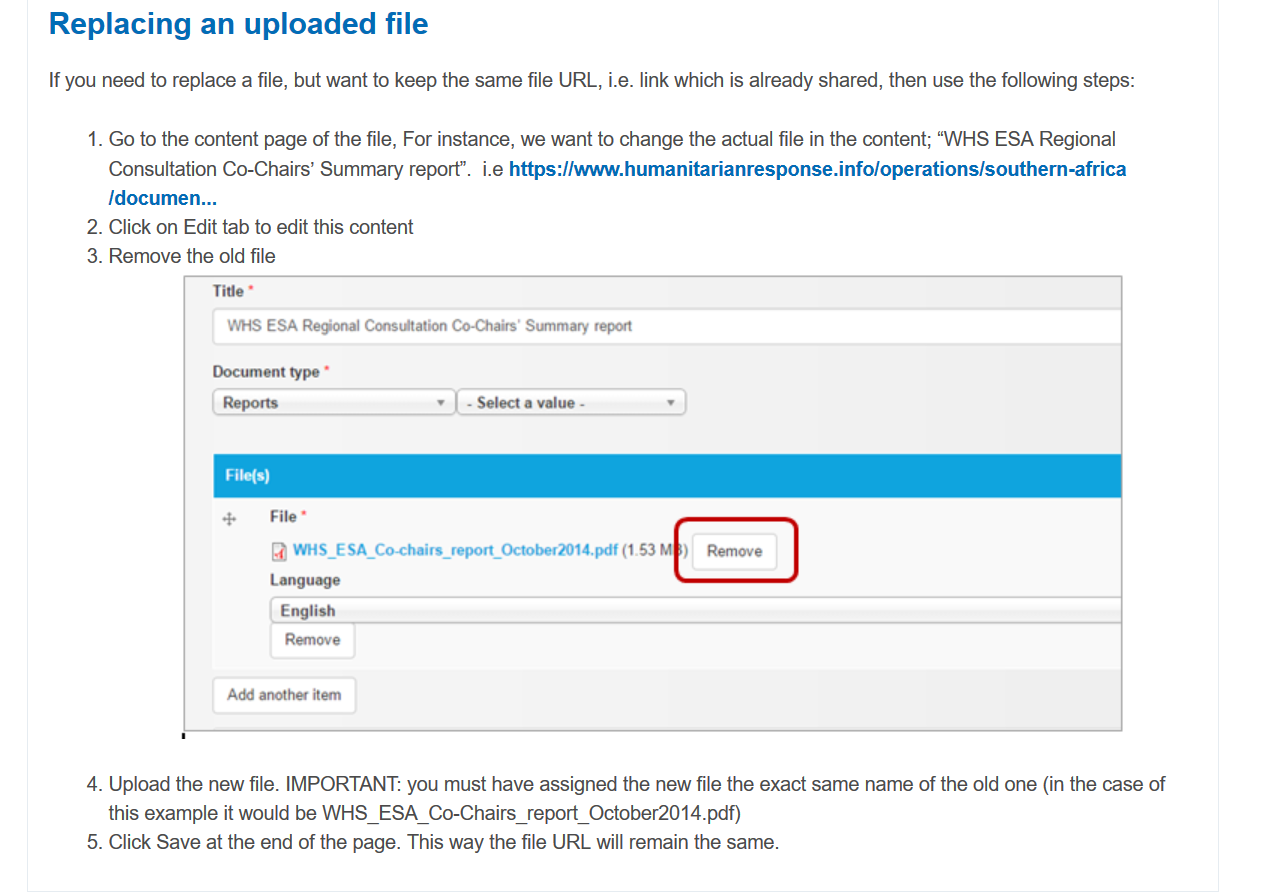
Replacing    an  uploaded   file
     If you need to replace a file, but want to keep the same file URL, i.   link which is already shared, then use the following steps:
     1. Go to the content page of the file, For instance, we want to change the actual file in the content; “WHS ESA Regional
     Consultation Co-Chairs’ Summary report’. i.e https:/www.humanitarianresponse.info/operations/southern-africa
     /documen...
     2. Click on Edit tab to edit this content
     3. Remove the old file

     Title
     *
     WHS ESA Regional Consultation Co-Chairs’ Summary report
     Document type
     *
     Reports    + |
     -
     Select a value
     -
     ’
     a]
     +   File*
     @ WHS_ESA_Co-chairs_report_October2014.paf (1.53 MI
     Language
     English

     Remove
     Add another item

     4. Upload the new file. IMPORTANT: you must have assigned the new file the exact same name of the old one (in the case of
     this example it would be WHS_ESA_Co-Chairs_report_October2014.pdf)
     5. Click Save at the end of the page. This way the file URL will remain the same.